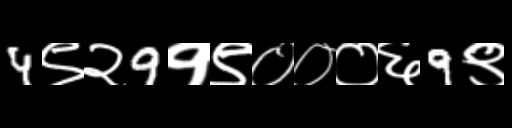
Text: 4९२9१९०००६9९